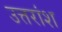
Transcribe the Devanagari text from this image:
उत्तरांश